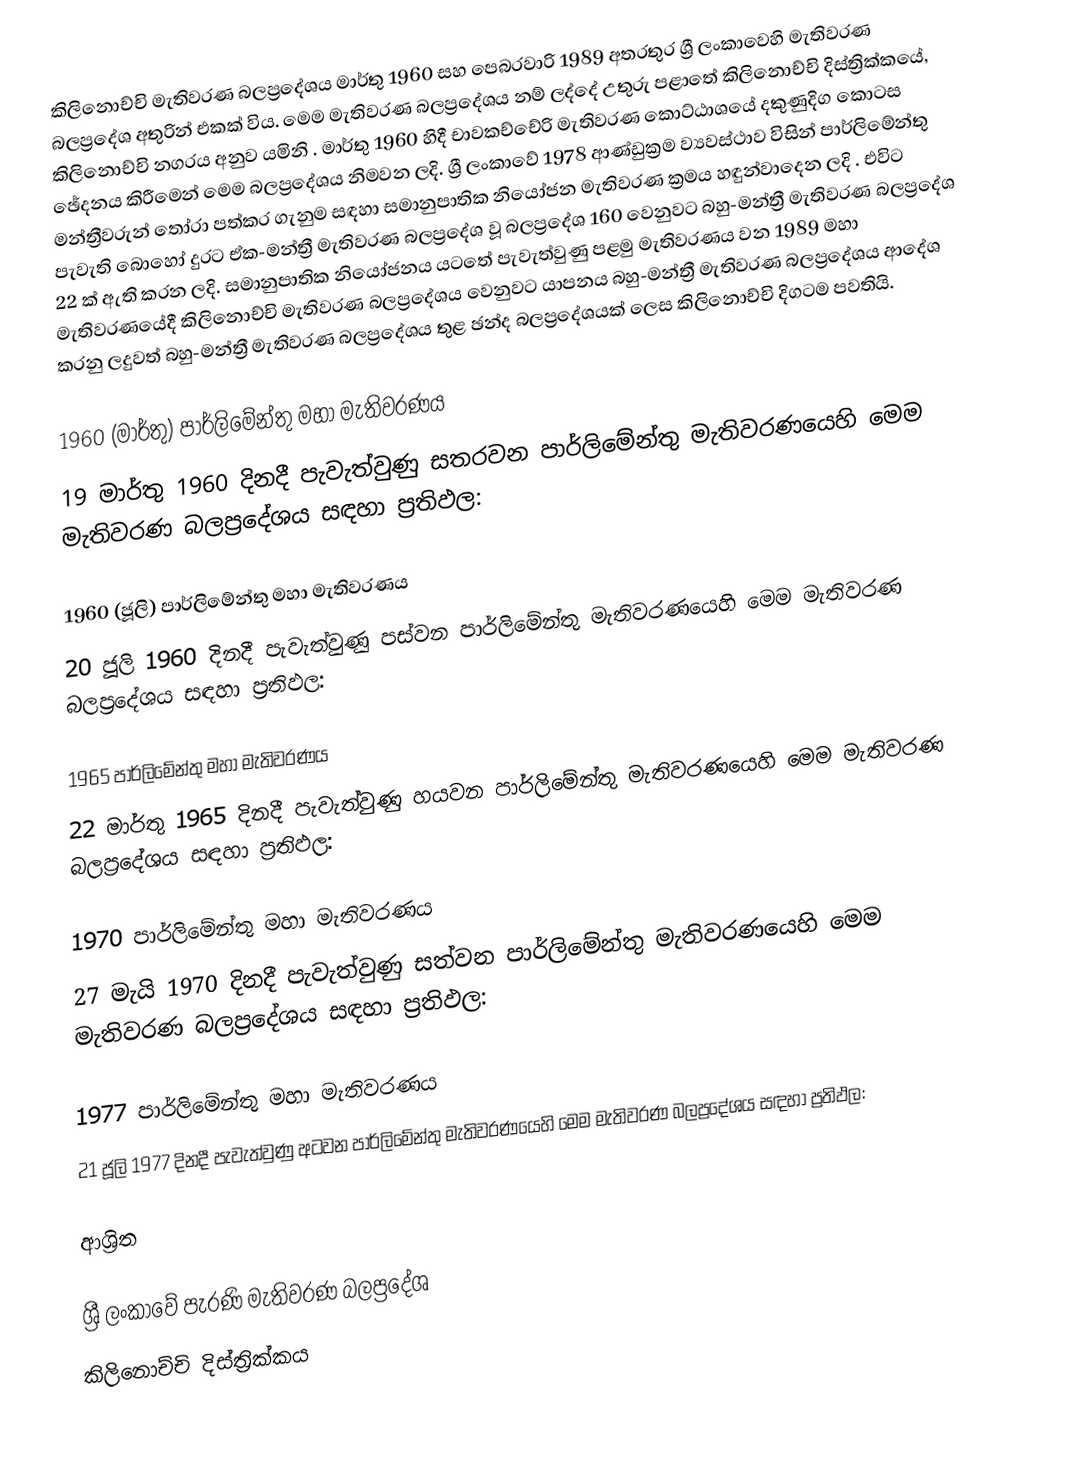
කිලිනොච්චි මැතිවරණ බලප්‍රදේශය   මාර්තු 1960 සහ පෙබරවාරි 1989 අතරතුර  ශ්‍රී ලංකාවෙහි  මැතිවරණ බලප්‍රදේශ අතුරින් එකක් විය. මෙම මැතිවරණ බලප්‍රදේශය නම් ලද්දේ උතුරු පළාතේ  කිලිනොච්චි දිස්ත්‍රික්කයේ,  කිලිනොච්චි නගරය අනුව යමිනි . මාර්තු 1960 හිදී  චාවකච්චේරි මැතිවරණ කොට්ඨාශයේ දකුණුදිග කොටස ඡේදනය කිරීමෙන් මෙම බලප්‍රදේශය නිමවන ලදි. ශ්‍රී ලංකාවේ 1978 ආණ්ඩුක්‍රම ව්‍යවස්ථාව විසින්   පාර්ලිමේන්තු මන්ත්‍රීවරුන් තෝරා පත්කර ගැනුම සඳහා සමානුපාතික නියෝජන මැතිවරණ ක්‍රමය හඳුන්වාදෙන ලදි . එවිට පැවැති බොහෝ දුරට  ඒක-මන්ත්‍රී මැතිවරණ බලප්‍රදේශ වූ බලප්‍රදේශ 160 වෙනුවට බහු-මන්ත්‍රී මැතිවරණ බලප්‍රදේශ 22 ක් ඇති කරන ලදි. සමානුපාතික නියෝජනය යටතේ පැවැත්වුණු පළමු මැතිවරණය වන 1989 මහා මැතිවරණයේදී  කිලිනොච්චි මැතිවරණ බලප්‍රදේශය වෙනුවට  යාපනය බහු-මන්ත්‍රී මැතිවරණ බලප්‍රදේශය  ආදේශ කරනු ලදුවත් බහු-මන්ත්‍රී මැතිවරණ බලප්‍රදේශය තුළ ඡන්ද බලප්‍රදේශයක් ලෙස කිලිනොච්චි දිගටම පවතියි.

1960 (මාර්තු) පාර්ලිමේන්තු මහා මැතිවරණය
19 මාර්තු 1960 දිනදී පැවැත්වුණු  සතරවන පාර්ලිමේන්තු මැතිවරණයෙහි මෙම මැතිවරණ බලප්‍රදේශය සඳහා ප්‍රතිඵල:

1960 (ජූලි) පාර්ලිමේන්තු මහා මැතිවරණය
20 ජූලි 1960 දිනදී පැවැත්වුණු  පස්වන පාර්ලිමේන්තු මැතිවරණයෙහි මෙම මැතිවරණ බලප්‍රදේශය සඳහා ප්‍රතිඵල:

1965 පාර්ලිමේන්තු මහා මැතිවරණය
22 මාර්තු 1965  දිනදී පැවැත්වුණු  හයවන පාර්ලිමේන්තු මැතිවරණයෙහි මෙම මැතිවරණ බලප්‍රදේශය සඳහා ප්‍රතිඵල:

1970 පාර්ලිමේන්තු මහා මැතිවරණය
27 මැයි 1970 දිනදී පැවැත්වුණු  සත්වන පාර්ලිමේන්තු මැතිවරණයෙහි මෙම මැතිවරණ බලප්‍රදේශය සඳහා ප්‍රතිඵල:

1977 පාර්ලිමේන්තු මහා මැතිවරණය
21 ජූලි 1977 දිනදී පැවැත්වුණු  අටවන පාර්ලිමේන්තු මැතිවරණයෙහි මෙම මැතිවරණ බලප්‍රදේශය සඳහා ප්‍රතිඵල:

ආශ්‍රිත

ශ්‍රී ලංකාවේ පැරණි මැතිවරණ බලප්‍රදේශ
කිලිනොච්චි දිස්ත්‍රික්කය